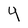
Character: 4